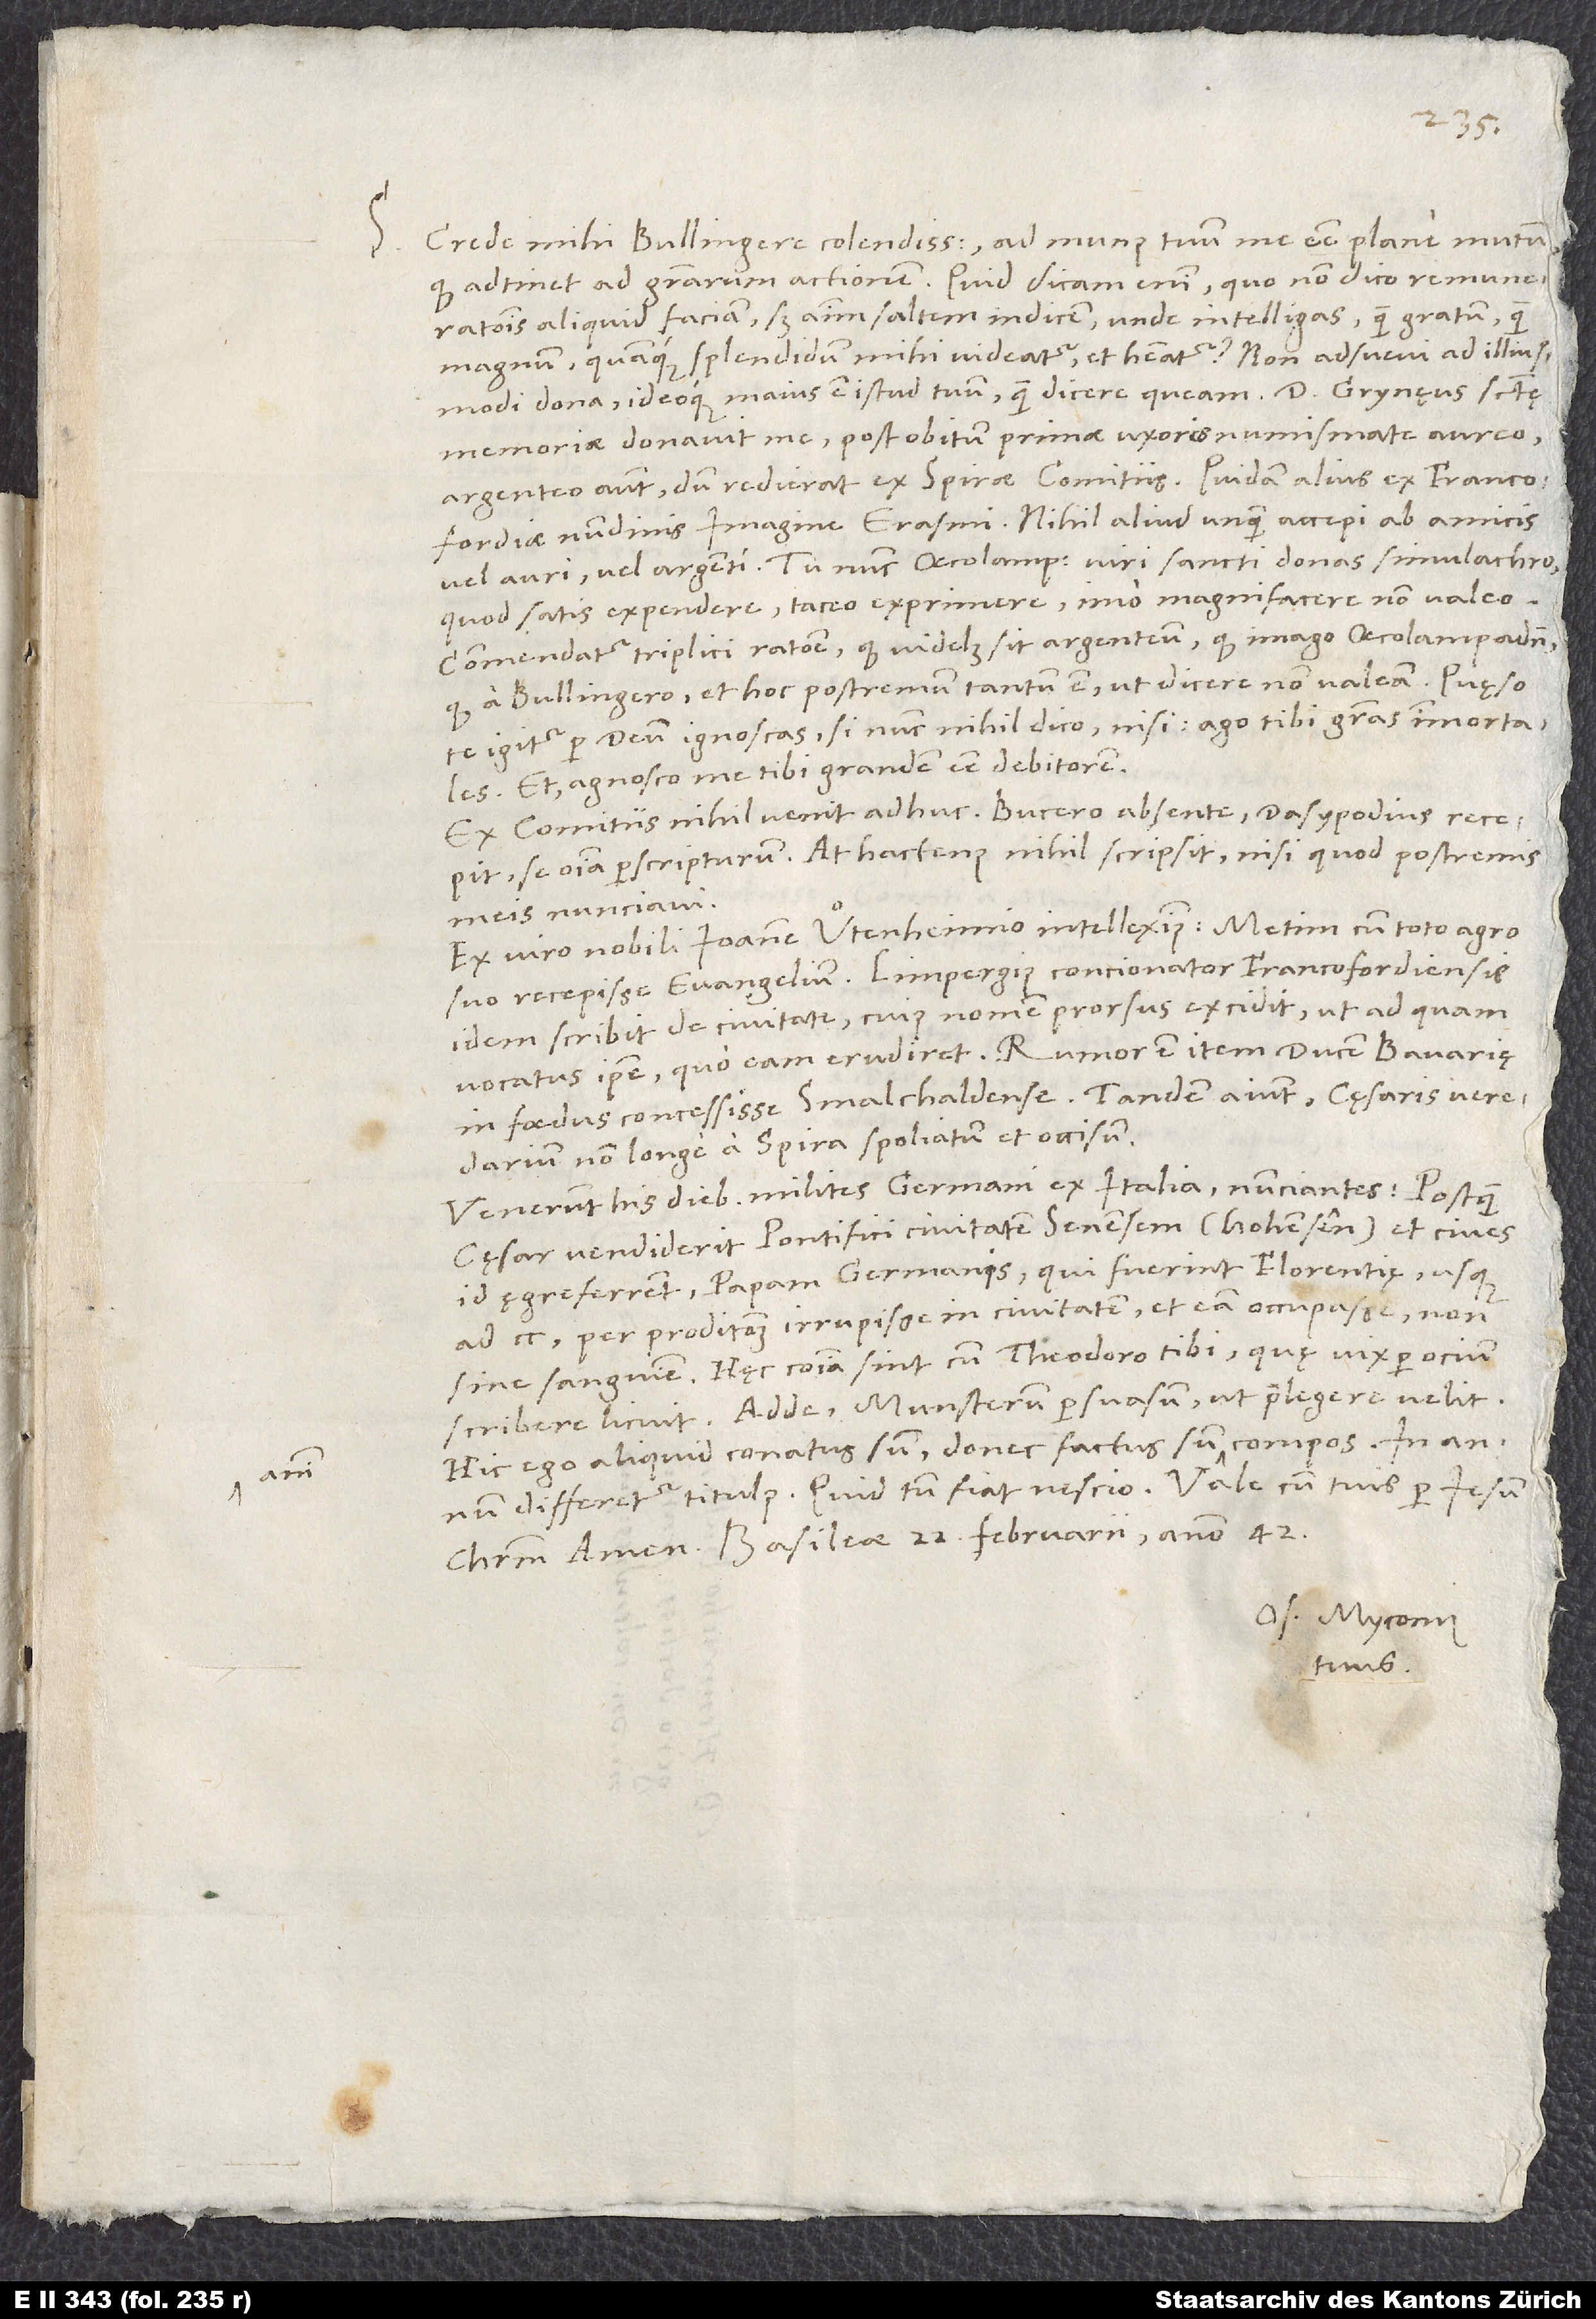
S.

Crede mihi, Bullingere colendissime, ad munus tuum me esse plane mutum,
quod adtinet ad gratiarum actionem. Quid dicam enim, quo, non dico remunerationis
aliquid faciam, sed animum saltem indicem, unde intelligas, quam gratum, quam
dona, ideoque maius est istud tuum, quam dicere queam. Dominus Grynęus sanctę
memoriae donavit me post obitum primae uxoris numismate aureo,
argenteo autem, dum redierat ex Spirae comitiis, quidam alius ex Francofordię
nundinis imagine Erasmi. Nihil aliud unquam accepi ab amicis
vel auri vel argenti. Tu nunc Oecolampadii, viri sancti, donas simulachro,
quod satis expendere, taceo exprimere, imo magnificare non valeo.
Commendatur triplici ratione, quod videlicet sit argenteum, quod imago Oecolampadii,
quod a Bullingero, et hoc postremum tantum est, ut dicere non valeam. Quęso
te igitur per deum, ignoscas, si nunc nihil dico nisi: ago tibi gratias immortales,
et: agnosco me tibi grandem esse debitorem.
Ex comitiis nihil venit adhuc. Bucero absente Dasypodius recepit
se omnia perscripturum. At hactenus nihil scripsit, nisi quod postremis
meis nunciavi.
Ex viro nobili Ioanne Uͦtenheimio intelleximus Metim cum toto agro
suo recepisse evangelium. Limpergius, concionator Francofordiensis,
idem scribit de civitate, cuius nomen prorsus excidit, ut ad quam
vocatus ipse, quo eam erudiret. Rumor est item ducem Bavarię
in foedus concessisse Smalchaldense. Tandem aiunt cęsaris veredarium
non longe a Spira spoliatum et occisum.
Venerunt his diebus milites Germani ex Italia nunciantes: Postquam
cęsar vendiderit pontifici civitatem Senensem (Hohensên) et cives
id ęgre ferrent, papam Germanis, qui fuerint Florentię, usque
ad 200, per proditionem irrupisse in civitatem et eam occupasse non
Hęc communia sint cum Theodoro tibi, quę vix per ocium
scribere licuit. Adde Munsterum persuasum, ut praelegere velit.
Hic ego aliquid conatus sum, donec factus sum animi compos. In
Christum. Amen. Basileae, 22. februarii anno 42.
Os. Myconius
tuus.